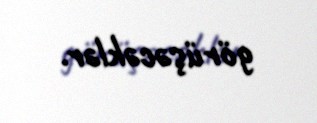
görüşəcəklər.